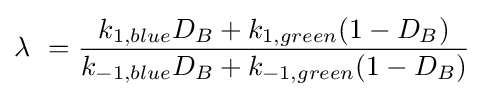
\lambda _{\ }={\frac {k_{1,blue}D_{B}+k_{1,green}(1-D_{B})}{k_{-1,blue}D_{B}+k_{-1,green}(1-D_{B})}}